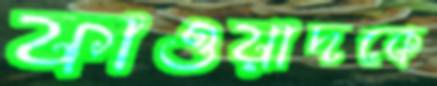
ফাওয়াদকে